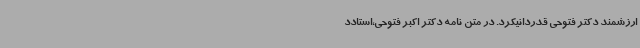
ارزشمند دکتر فتوحی قدردانیکرد. در متن نامه دکتر اکبر فتوحی،استادد